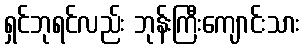
ရှင်ဘုရင်လည်း ဘုန်းကြီးကျောင်းသား